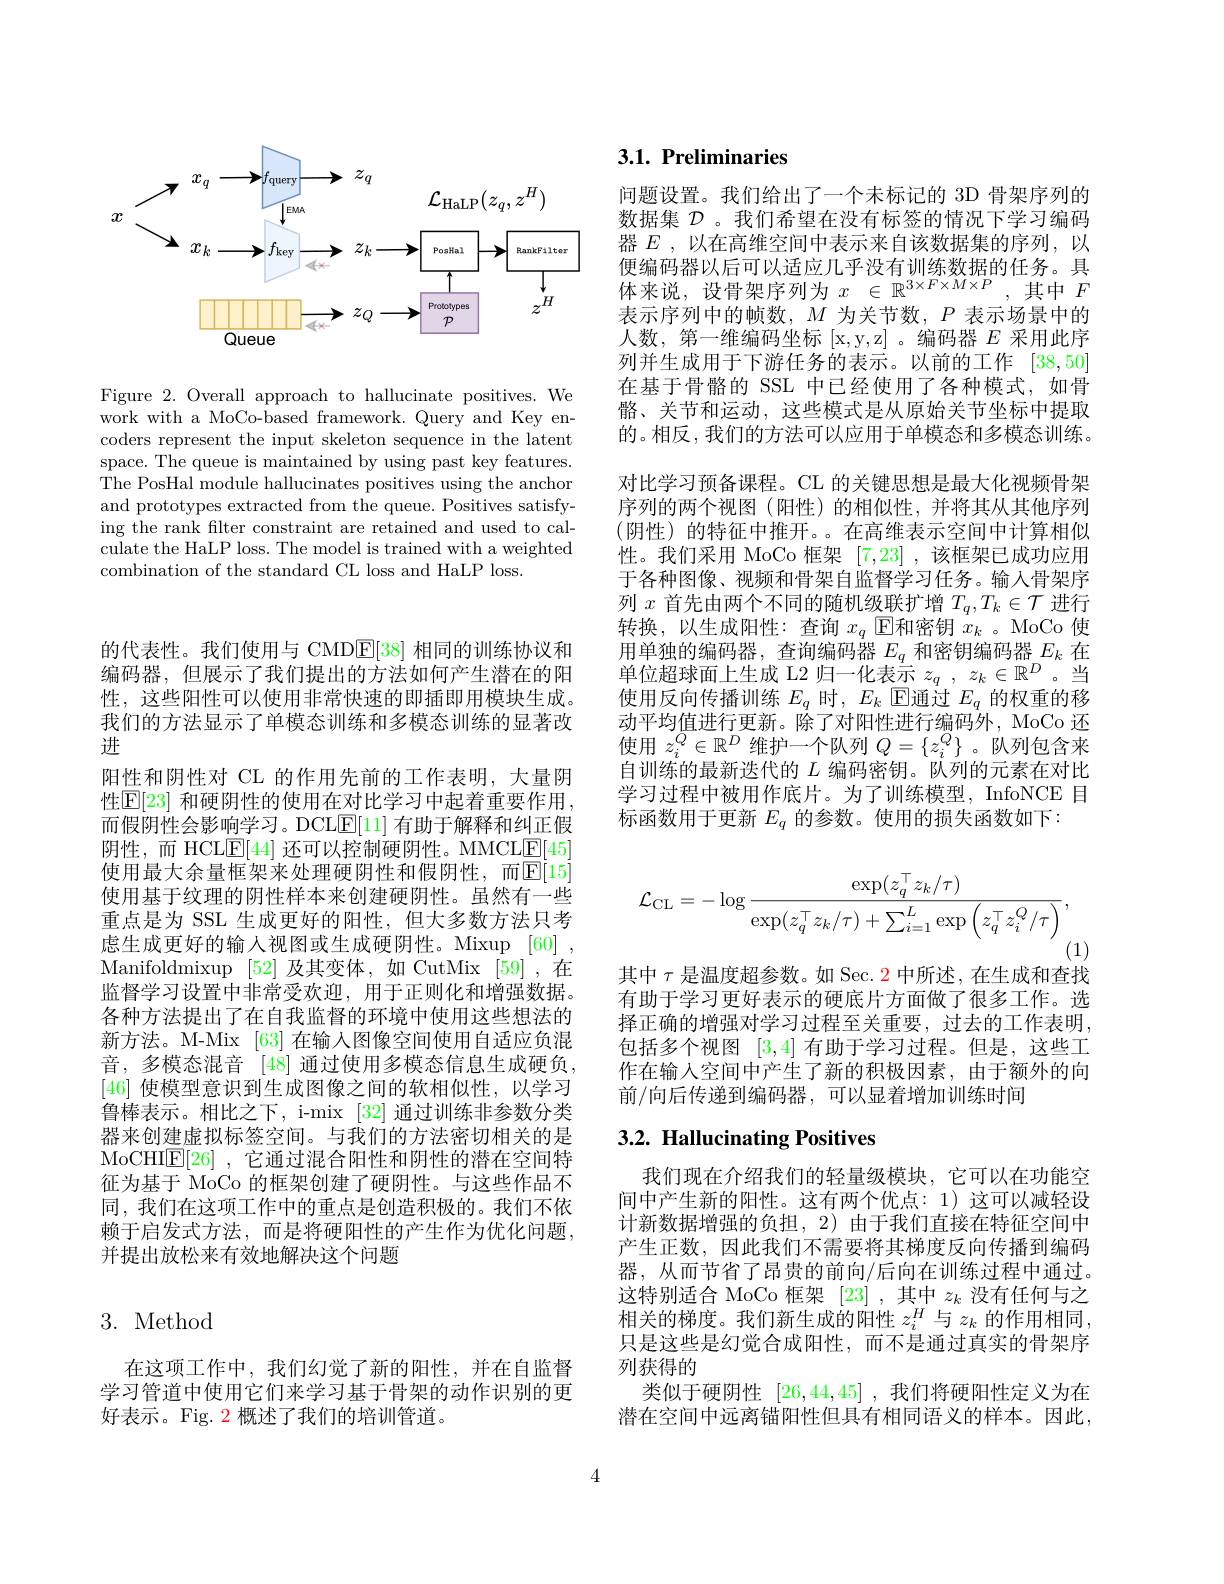
<FigureHere>

Figure 2. Overall approach to hallucinate positives. We work with a MoCo-based framework. Query and Key encoders represent the input skeleton sequence in the latent space. The queue is maintained by using past key features. The PosHal module hallucinates positives using the anchor and prototypes extracted from the queue. Positives satisfying the rank filter constraint are retained and used to calculate the HaLP loss. The model is trained with a weighted combination of the standard CL loss and HaLP loss

的代表性。我们使用与 CMD$\overline{\mathrm{E}}[38]$相同的训练协议和编码器，但展示了我们提出的方法如何产生潜在的阳性，这些阳性可以使用非常快速的即插即用模块生成。我们的方法显示了单模态训练和多模态训练的显著改进
阳性和阴性对 CL 的作用先前的工作表明，大量阴性$\mathbb{E}[23]$ 和硬阴性的使用在对比学习中起着重要作用， 而假阴性会影响学习。DCL$\mathbb{E}[11]$有助于解释和纠正假阴性，而 HCL$\underline{\mathrm{E}}[44]$还可以控制硬阴性。MMCL$\underline{\mathrm{E}}[45]$ 使用最大余量框架来处理硬阴性和假阴性，而$\mathbb{E}[15]$ 使用基于纹理的阴性样本来创建硬阴性。虽然有一些重点是为 SSL 生成更好的阳性，但大多数方法只考虑生成更好的输入视图或生成硬阴性。Mixup [60] , Manifoldmixup [52]及其变体，如 CutMix [59] ,在监督学习设置中非常受欢迎，用于正则化和增强数据。各种方法提出了在自我监督的环境中使用这些想法的新方法。M-Mix [63]在输入图像空间使用自适应负混音，多模态混音 [48] 通过使用多模态信息生成硬负， [46]使模型意识到生成图像之间的软相似性，以学习鲁棒表示。相比之下，i-mix [32] 通过训练非参数分类器来创建虚拟标签空间。与我们的方法密切相关的是MoCHIE[26] ,它通过混合阳性和阴性的潜在空间特征为基于 MoCo 的框架创建了硬阴性。与这些作品不同，我们在这项工作中的重点是创造积极的。我们不依赖于启发式方法，而是将硬阳性的产生作为优化问题， 并提出放松来有效地解决这个问题

# 3. Method

在这项工作中，我们幻觉了新的阳性，并在自监督学习管道中使用它们来学习基于骨架的动作识别的更好表示。Fig. 2 概述了我们的培训管道。

# 3.1. Preliminaries

问题设置。我们给出了一个未标记的 3D 骨架序列的数据集$\mathcal{D}$ 。我们希望在没有标签的情况下学习编码器$E$,以在高维空间中表示来自该数据集的序列，以便编码器以后可以适应几乎没有训练数据的任务。具体来说，设骨架序列为$x\in\mathbb{R}^{3\times F\times M\times P}$,其中$F$ 表示序列中的帧数，$M$为关节数，$P$表示场景中的人数，第一维编码坐标[x$, y, z]$ 。编码器$E$采用此序列并生成用于下游任务的表示。以前的工作[38,50] 在基于骨骼的 SSL 中已经使用了各种模式，如骨骼、关节和运动，这些模式是从原始关节坐标中提取的。相反，我们的方法可以应用于单模态和多模态训练。对比学习预备课程。CL 的关键思想是最大化视频骨架序列的两个视图(阳性)的相似性，并将其从其他序列(阴性)的特征中推开。。在高维表示空间中计算相似性。我们采用 MoCo 框架[7,23] ,该框架已成功应用于各种图像、视频和骨架自监督学习任务。输入骨架序列$x$首先由两个不同的随机级联扩增$T_q,T_k\in\mathcal{T}$进行转换，以生成阳性：查询$x_q$ $\operatorname{E\text{和密钥 }x_k}$ 。MoCo 使用单独的编码器，查询编码器$E_q$和密钥编码器$E_k$在单位超球面上生成 L2 归一化表示$z_q$ , $z_k\in \mathbb{R} ^D$ $。\overset {\underline {\psi }}{\operatorname* { \underline {\psi }} }$ 使用反向传播训练$E_q$时，$E_k$ E通过$E_q$的权重的移动平均值进行更新。除了对阳性进行编码外，MoCo 还使用$z_i^Q\in\mathbb{R}^D$维护一个队列$Q=\{z_i^Q\}$ 。队列包含来自训练的最新迭代的$L$编码密钥。队列的元素在对比学习过程中被用作底片。为了训练模型，InfoNCE 目标函数用于更新$E_q$的参数。使用的损失函数如下：
$$\mathcal{L}_{\mathrm{CL}}=-\log\frac{\exp(z_q^\top z_k/\tau)}{\exp(z_q^\top z_k/\tau)+\sum_{i=1}^L\exp\left(z_q^\top z_i^Q/\tau\right)},$$
(1)

其中$\tau$是温度超参数。如 Sec. 2 中所述，在生成和查找有助于学习更好表示的硬底片方面做了很多工作。选择正确的增强对学习过程至关重要，过去的工作表明， 包括多个视图[3,4]有助于学习过程。但是，这些工作在输入空间中产生了新的积极因素，由于额外的向前/向后传递到编码器，可以显着增加训练时间

# $3. 2. \textbf{ Hallucinating Positives}$

我们现在介绍我们的轻量级模块，它可以在功能空间中产生新的阳性。这有两个优点：1)这可以减轻设计新数据增强的负担，2) 由于我们直接在特征空间中产生正数，因此我们不需要将其梯度反向传播到编码器，从而节省了昂贵的前向/后向在训练过程中通过。这特别适合 MoCo 框架[23],其中$z_k$没有任何与之相关的梯度。我们新生成的阳性$z_i^H$与$z_k$的作用相同， 只是这些是幻觉合成阳性，而不是通过真实的骨架序列获得的
类似于硬阴性[26,44,45] ,我们将硬阳性定义为在潜在空间中远离锚阳性但具有相同语义的样本。因此，

4